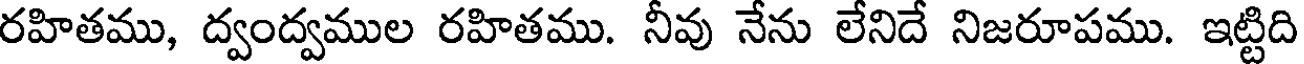
రహితము, ద్వంద్వముల రహితము. నీవు నేను లేనిదే నిజరూపము. ఇట్టిది